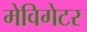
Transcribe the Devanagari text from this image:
मेविगेटर